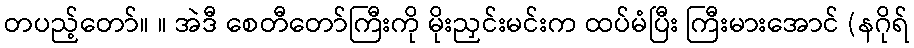
တပည့်တော်။ ။ အဲဒီ စေတီတော်ကြီးကို မိုးညှင်းမင်းက ထပ်မံပြီး ကြီးမားအောင် (နဂိုရ်